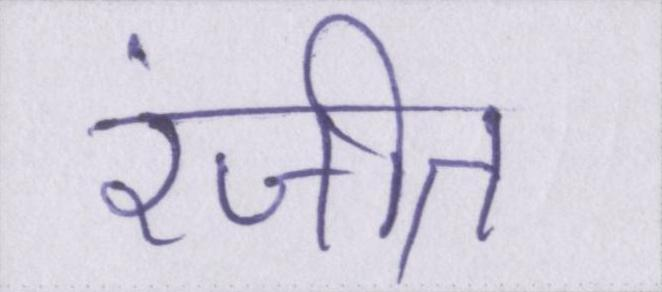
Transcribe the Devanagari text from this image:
रंजीत